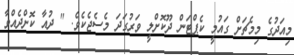
މިއަދުގެ މިމެޗަށް ގައުމީ ކެޕްޓަން ދޫކޮށްލީ ވަރުގަދަ މެސެޖެކެވެ. " ދުއާ ކޮށްދެއްވާ